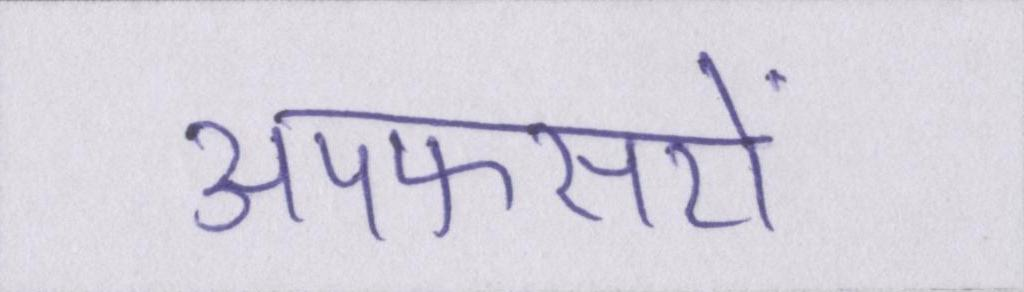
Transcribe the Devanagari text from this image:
अपफसरों